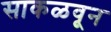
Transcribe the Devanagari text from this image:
साकळवून